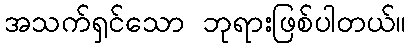
အသက်ရှင်သော ဘုရားဖြစ်ပါတယ်။